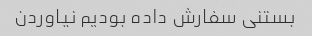
بستنی سفارش داده بودیم نیاوردن